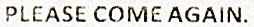
PLEASE COME AGAIN.